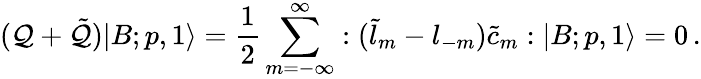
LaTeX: ({\cal Q}+\tilde{\cal Q})|B;p,1\rangle=\frac{1}{2}\sum_{m=-\infty}^{\infty}:(\tilde{l}_{m}-{l}_{-m})\tilde{c}_{m}:|B;p,1\rangle=0\, .